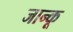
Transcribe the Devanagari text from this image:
जान्कू